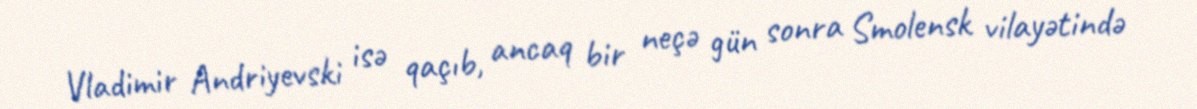
Vladimir Andriyevski isə qaçıb, ancaq bir neçə gün sonra Smolensk vilayətində